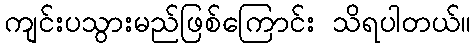
ကျင်းပသွားမည်ဖြစ်ကြောင်း သိရပါတယ်။